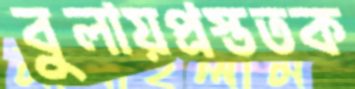
বুলায়প্রস্ততক